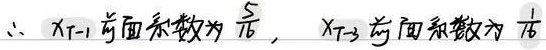
\(\therefore x_{T - 1}\)前面系数为\(\frac{5}{16}\)，\(x_{T - 3}\)前面系数为\(\frac{1}{16}\)